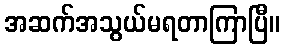
အဆက်အသွယ်မရတာကြာပြီ။